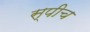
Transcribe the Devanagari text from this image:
स्‍पीच